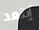
إبتعد